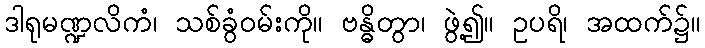
ဒါရုမဏ္ဍလိကံ၊ သစ်ခွံဝမ်းကို။ ဗန္ဓိတွာ၊ ဖွဲ့၍။ ဥပရိ၊ အထက်၌။